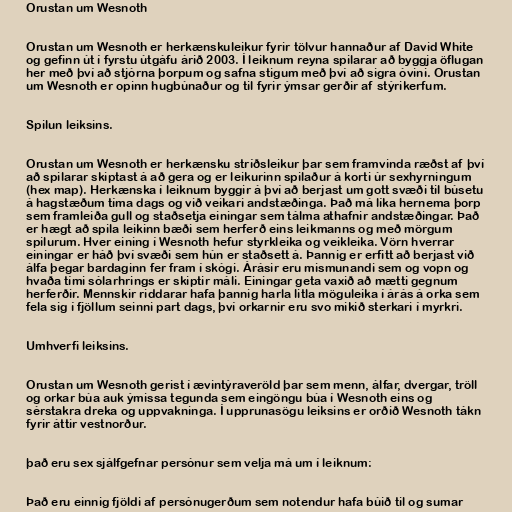
Orustan um Wesnoth

Orustan um Wesnoth er herkænskuleikur fyrir tölvur hannaður af David White
og gefinn út í fyrstu útgáfu árið 2003. Í leiknum reyna spilarar að byggja öflugan
her með því að stjórna þorpum og safna stigum með því að sigra óvini. Orustan
um Wesnoth er opinn hugbúnaður og til fyrir ýmsar gerðir af stýrikerfum.

Spilun leiksins.

Orustan um Wesnoth er herkænsku stríðsleikur þar sem framvinda ræðst af því
að spilarar skiptast á að gera og er leikurinn spilaður á korti úr sexhyrningum
(hex map). Herkænska í leiknum byggir á því að berjast um gott svæði til búsetu
á hagstæðum tíma dags og við veikari andstæðinga. Það má líka hernema þorp
sem framleiða gull og staðsetja einingar sem tálma athafnir andstæðingar. Það
er hægt að spila leikinn bæði sem herferð eins leikmanns og með mörgum
spilurum. Hver eining í Wesnoth hefur styrkleika og veikleika. Vörn hverrar
einingar er háð því svæði sem hún er staðsett á. Þannig er erfitt að berjast við
álfa þegar bardaginn fer fram í skógi. Árásir eru mismunandi sem og vopn og
hvaða tími sólarhrings er skiptir máli. Einingar geta vaxið að mætti gegnum
herferðir. Mennskir riddarar hafa þannig harla litla möguleika í árás á orka sem
fela sig í fjöllum seinni part dags, því orkarnir eru svo mikið sterkari í myrkri.

Umhverfi leiksins.

Orustan um Wesnoth gerist í ævintýraveröld þar sem menn, álfar, dvergar, tröll
og orkar búa auk ýmissa tegunda sem eingöngu búa í Wesnoth eins og
sérstakra dreka og uppvakninga. Í upprunasögu leiksins er orðið Wesnoth tákn
fyrir áttir vestnorður.

það eru sex sjálfgefnar persónur sem velja má um í leiknum:

Það eru einnig fjöldi af persónugerðum sem notendur hafa búið til og sumar